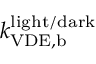
k _ { \mathrm { V D E , b } } ^ { \mathrm { l i g h t / d a r k } }